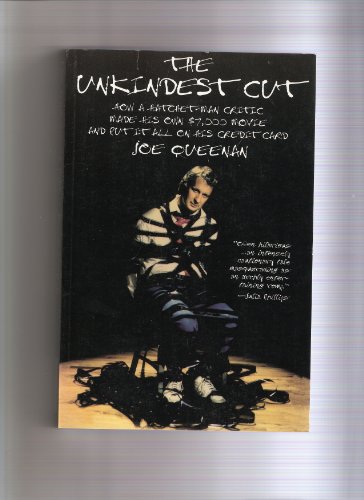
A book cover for The Unkindest Cut: How a Hatchet-Man Critic Made His Own $7000 Movie and Put It All On His Credit Card; Joe Queenan; Humor & Entertainment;